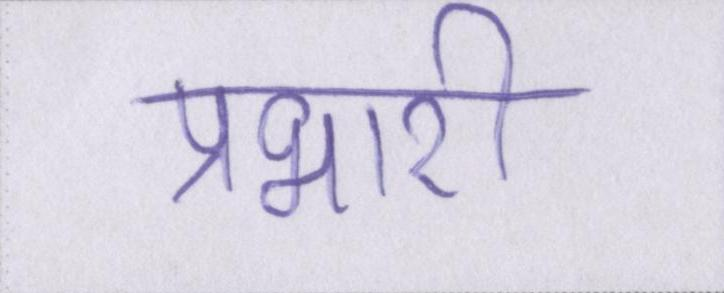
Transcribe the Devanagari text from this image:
प्रभारी